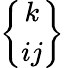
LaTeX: \left\{ \begin{array}{c}{k}\\ {ij}\end{array}\right\}